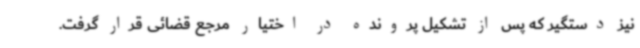
نیز دستگیر که پس از تشکیل پرونده در اختیار مرجع قضائی قرار گرفت.